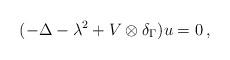
LaTeX: \begin{align*}(-\Delta -\lambda^2+V\otimes\delta_{\Gamma})u=0\,,\end{align*}